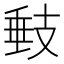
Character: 㩾